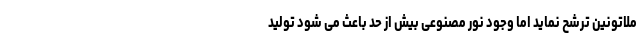
ملاتونین ترشح نماید اما وجود نور مصنوعی بیش از حد باعث می شود تولید